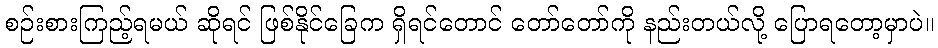
စဉ်းစားကြည့်ရမယ် ဆိုရင် ဖြစ်နိုင်ခြေက ရှိရင်တောင် တော်တော်ကို နည်းတယ်လို့ ပြောရတော့မှာပဲ။